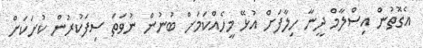
އެގޮތުން އިސްލާމް ދީނާ ހިލާފަށް އުޅޭ މީހެއްކަމަށް ބުނުން ނުވަތަ ސިފަކުރުން ކުށަކަށް